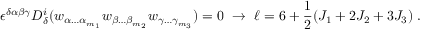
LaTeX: \epsilon ^ { \delta \alpha \beta \gamma } D _ { \delta } ^ { i } ( w _ { \alpha \ldots \alpha _ { m _ { 1 } } } w _ { \beta \ldots \beta _ { m _ { 2 } } } w _ { \gamma \ldots \gamma _ { m _ { 3 } } } ) = 0 \ \rightarrow \ \ell = 6 + { \frac { 1 } { 2 } } ( J _ { 1 } + 2 J _ { 2 } + 3 J _ { 3 } ) \; .